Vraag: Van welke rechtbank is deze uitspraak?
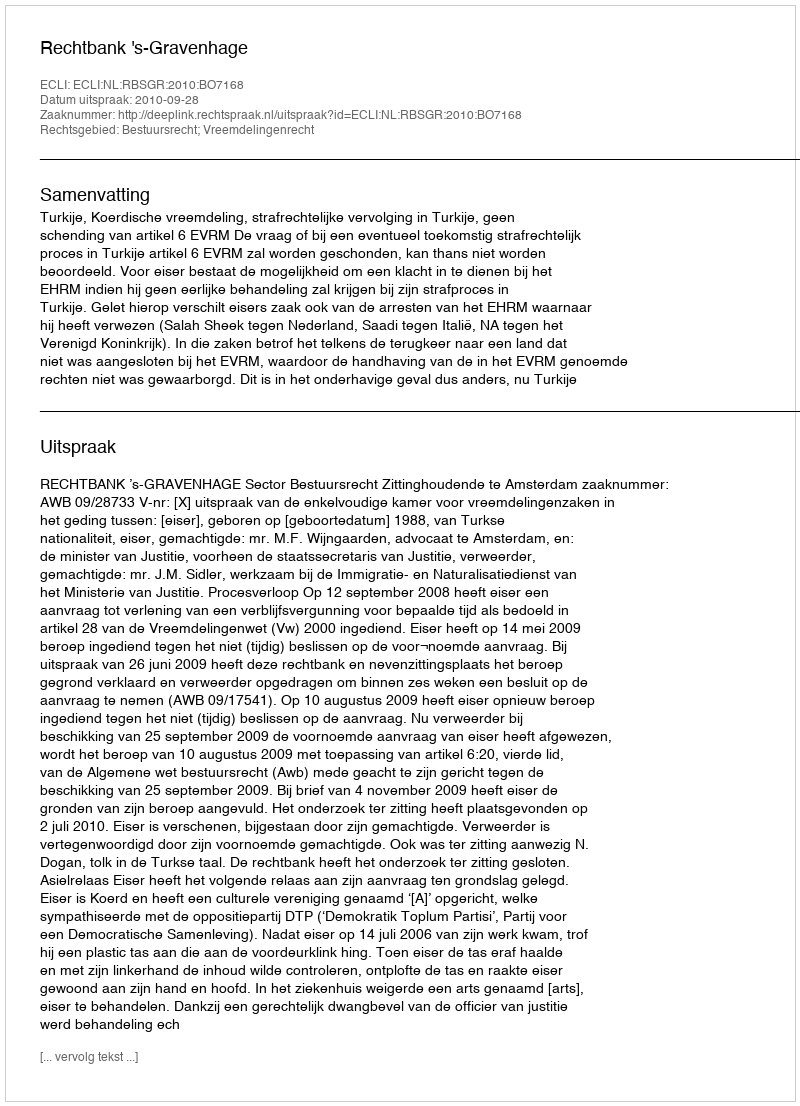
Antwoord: Rechtbank 's-Gravenhage